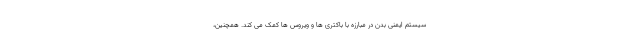
سیستم ایمنی بدن در مبارزه با باکتری ها و ویروس ها کمک می کند. همچنین،